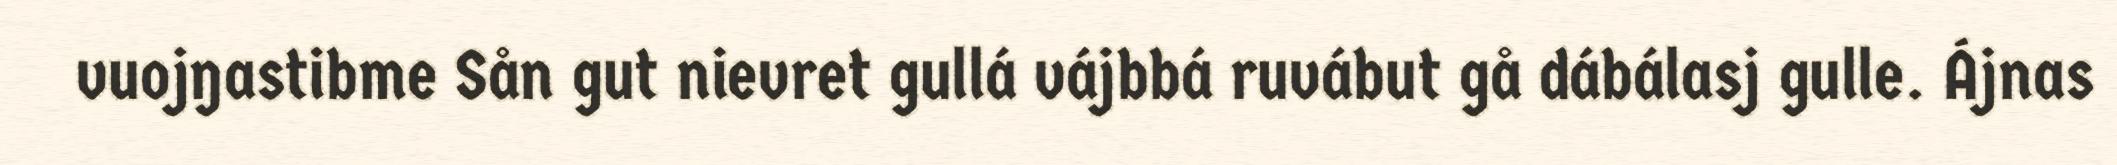
vuojŋastibme Sån gut nievret gullá vájbbá ruvábut gå dábálasj gulle. Ájnas